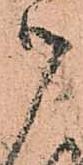
御